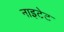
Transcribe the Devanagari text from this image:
नाइटेट